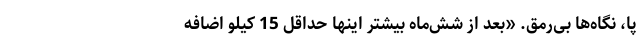
پا، نگاه‌ها بی‌رمق. «بعد از شش‌ماه بیشتر اینها حداقل 15 کیلو اضافه